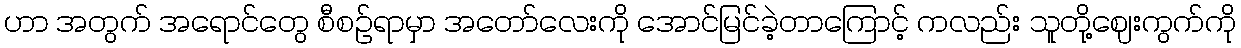
ဟာ အတွက် အရောင်တွေ စီစဉ်ရာမှာ အတော်လေးကို အောင်မြင်ခဲ့တာကြောင့် ကလည်း သူတို့ဈေးကွက်ကို